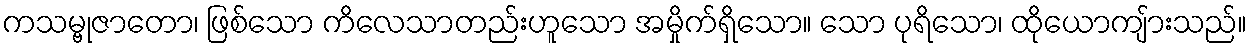
ကသမ္ဗုဇာတော၊ ဖြစ်သော ကိလေသာတည်းဟူသော အမှိုက်ရှိသော။ သော ပုရိသော၊ ထိုယောကျ်ားသည်။